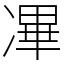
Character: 㓖